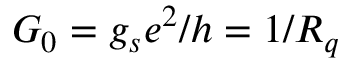
G _ { 0 } = g _ { s } e ^ { 2 } / h = 1 / R _ { q }